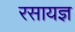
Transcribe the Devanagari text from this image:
रसायज्ञ